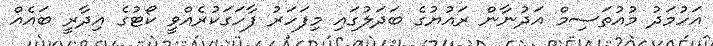
އަހުމަދު މުއުތަސިމް އަދުނާން ރައުޔުގެ ބަދަލުގައި މިފަހަރު ފާހަގަކުރެއްވީ ކޯޓުގެ އިދާރީ ބައެއް